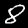
Label: 8